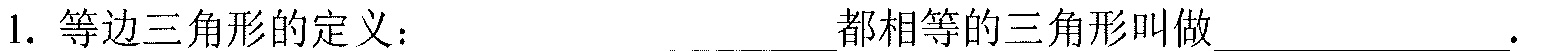
1. 等边三角形的定义：  都相等的三角形叫做  .